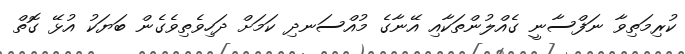
ކުރިމަތިވާ ނަފްސާނީ ގެއްލުންތަކާއި އޭނާގެ މުއްސަނދި ކަމަށް ދަހިވެތިވެގެން ބަޔަކު އުޅޭ ގޮތް